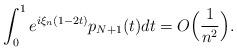
LaTeX: \begin{align*}\int_0^1 e^{i\xi_n(1-2t)}p_{N+1}(t)dt =O\Big(\frac{1}{n^2}\Big).\end{align*}